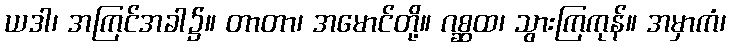
ယဒါ၊ အကြင်အခါ၌။ တာတာ၊ အမောင်တို့။ ဂစ္ဆထ၊ သွားကြကုန်။ အမှာကံ၊